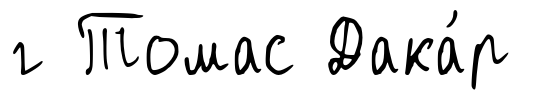
г Томас Дака́р